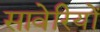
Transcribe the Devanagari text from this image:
सावेरियों